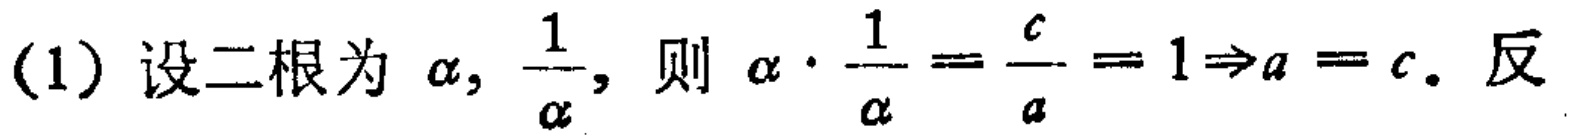
(1) 设二根为 $\alpha, \frac{1}{\alpha}$, 则 $\alpha \cdot \frac{1}{\alpha}=\frac{c}{a}=1\Rightarrow a = c$. 反